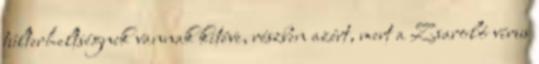
túlterheltségnek vannak kitéve, részben azért, mert a Zsaroló vírus